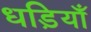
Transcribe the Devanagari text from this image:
धड़ियाँ